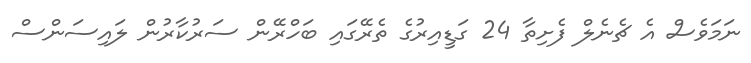
ނަމަވެސް އެ ޗެނެލް ފެށިތާ 24 ގަޑީއިރުގެ ތެރޭގައި ބަހްރޭން ސަރުކާރުން ލައިސަންސް